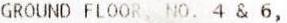
GROUND FLOOR, NO. 4 & 6,